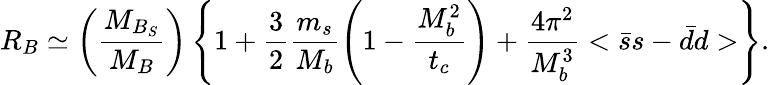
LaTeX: R_{B}\simeq\left(\frac{M_{B_{S}}}{M_{B}}\right)\left\{ 1+\frac{3}{2}\frac{m_{s}}{M_{b}}\left(1-\frac{M_{b}^{2}}{t_{c}}\right)+\frac{4\pi^{2}}{M_{b}^{3}}<\bar{s}s-\bar{d}d>\right\} .